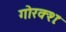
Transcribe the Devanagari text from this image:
गोरक्शः